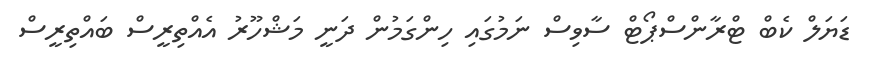
ޑަޔަލް ކެބް ޓްރާންސްޕޯޓް ސާވިސް ނަމުގައި ހިންގަމުން ދަނީ މަޝްހޫރު އެއްތިރީސް ބައްތިރީސް